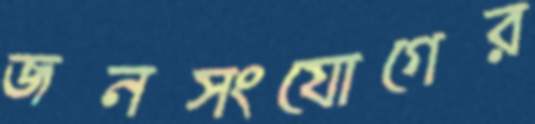
জনসংযোগের